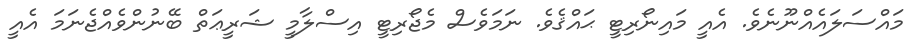
މައްސަލައެއްނޫނެވެ. އެއީ މައިނޯރިޓީ ޙައްޤެވެ. ނަމަވެސް މެޖޯރިޓީ އިސްލާމީ ޝަރީޢަތް ބޭނުންވެއްޖެނަމަ އެއީ